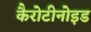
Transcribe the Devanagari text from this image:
कैरोटीनोइड